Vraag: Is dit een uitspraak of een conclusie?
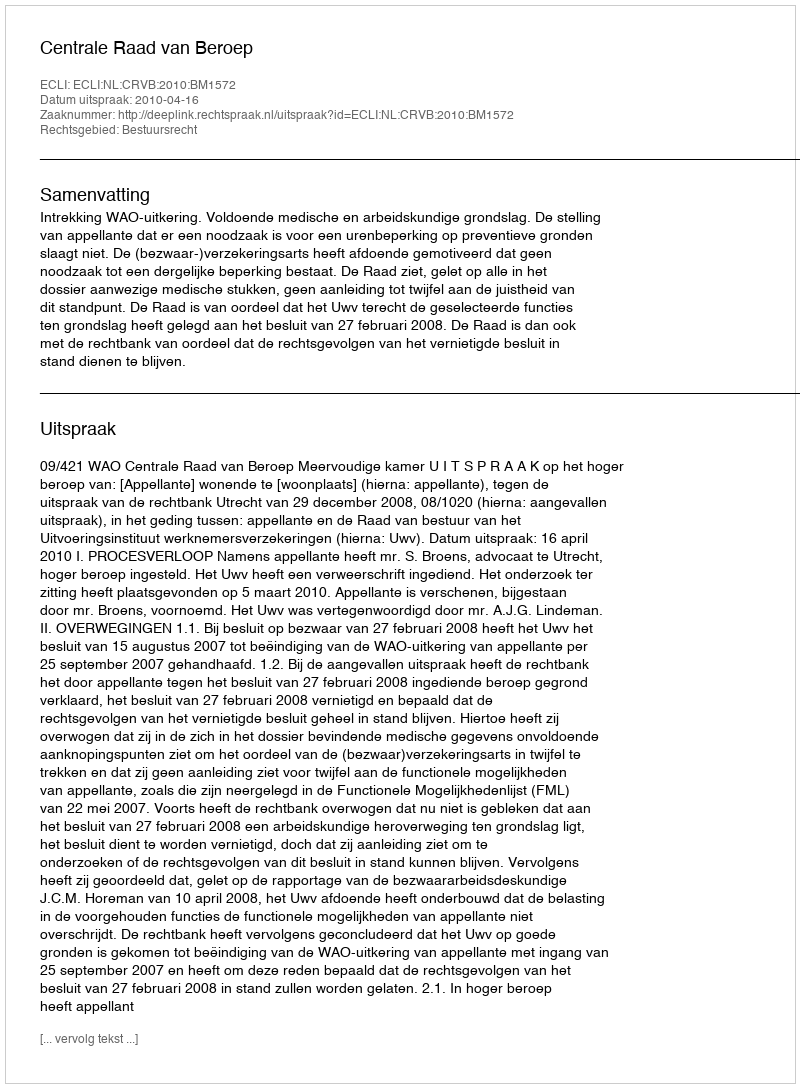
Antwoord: Uitspraak